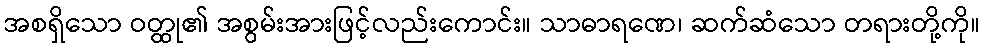
အစရှိသော ဝတ္ထု၏ အစွမ်းအားဖြင့်လည်းကောင်း။ သာဓာရဏေ၊ ဆက်ဆံသော တရားတို့ကို။